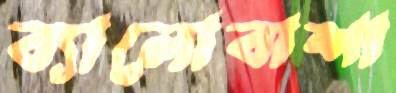
ব্যালোবাশা